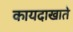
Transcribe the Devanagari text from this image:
कायदाखाते